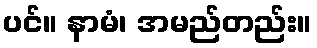
ပင်။ နာမံ၊ အမည်တည်း။